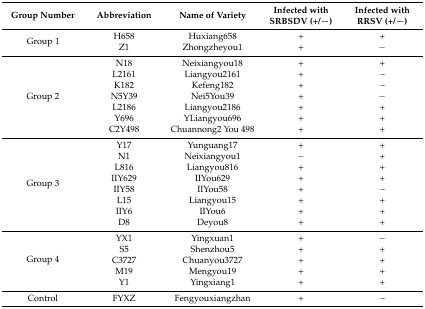
<table><thead><tr><td><b>Group Number</b></td><td><b>Abbreviation</b></td><td><b>Name of Variety</b></td><td><b>Infected with SRBSDV (+/−)</b></td><td><b>Infected with RRSV (+/−)</b></td></tr></thead><tbody><tr><td rowspan="2">Group 1</td><td>H658</td><td>Huxiang658</td><td>+</td><td>+</td></tr><tr><td>Z1</td><td>Zhongzheyou1</td><td>+</td><td>−</td></tr><tr><td rowspan="7">Group 2</td><td>N18</td><td>Neixiangyou18</td><td>+</td><td>+</td></tr><tr><td>L2161</td><td>Liangyou2161</td><td>+</td><td>−</td></tr><tr><td>K182</td><td>Kefeng182</td><td>+</td><td>−</td></tr><tr><td>N5Y39</td><td>Nei5You39</td><td>+</td><td>−</td></tr><tr><td>L2186</td><td>Liangyou2186</td><td>+</td><td>+</td></tr><tr><td>Y696</td><td>YLiangyou696</td><td>+</td><td>+</td></tr><tr><td>C2Y498</td><td>Chuannong2 You 498</td><td>+</td><td>+</td></tr><tr><td rowspan="8">Group 3</td><td>Y17</td><td>Yunguang17</td><td>+</td><td>+</td></tr><tr><td>N1</td><td>Neixiangyou1</td><td>−</td><td>+</td></tr><tr><td>L816</td><td>Liangyou816</td><td>+</td><td>+</td></tr><tr><td>IIY629</td><td>IIYou629</td><td>+</td><td>+</td></tr><tr><td>IIY58</td><td>IIYou58</td><td>+</td><td>−</td></tr><tr><td>L15</td><td>Liangyou15</td><td>+</td><td>+</td></tr><tr><td>IIY6</td><td>IIYou6</td><td>+</td><td>+</td></tr><tr><td>D8</td><td>Deyou8</td><td>+</td><td>+</td></tr><tr><td rowspan="5">Group 4</td><td>YX1</td><td>Yingxuan1</td><td>+</td><td>−</td></tr><tr><td>S5</td><td>Shenzhou5</td><td>+</td><td>+</td></tr><tr><td>C3727</td><td>Chuanyou3727</td><td>+</td><td>+</td></tr><tr><td>M19</td><td>Mengyou19</td><td>+</td><td>+</td></tr><tr><td>Y1</td><td>Yingxiang1</td><td>+</td><td>+</td></tr><tr><td>Control</td><td>FYXZ</td><td>Fengyouxiangzhan</td><td>+</td><td>−</td></tr></tbody></table>